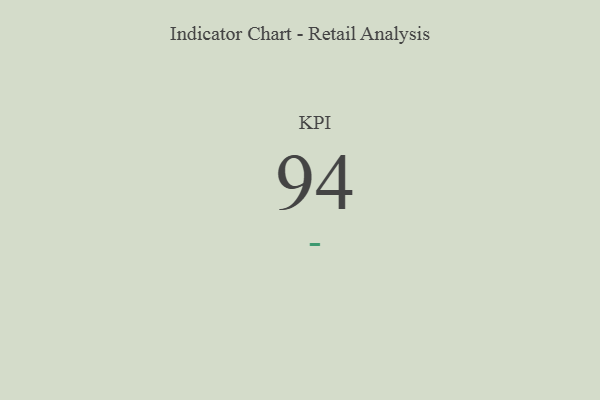
{"axis": {"x": "KPI", "y": "Value"}, "legend": [""], "data": [{"x": "KPI", "y": 94, "type": ""}]}